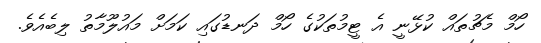
ހޯމް މެޗުތައް ކުޅޭނީ އެ ޓީމުތަކުގެ ހޯމް ދަނޑުގައި ކަމަށް މައުލޫމާތު ލިބެއެވެ.